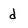
Character: d